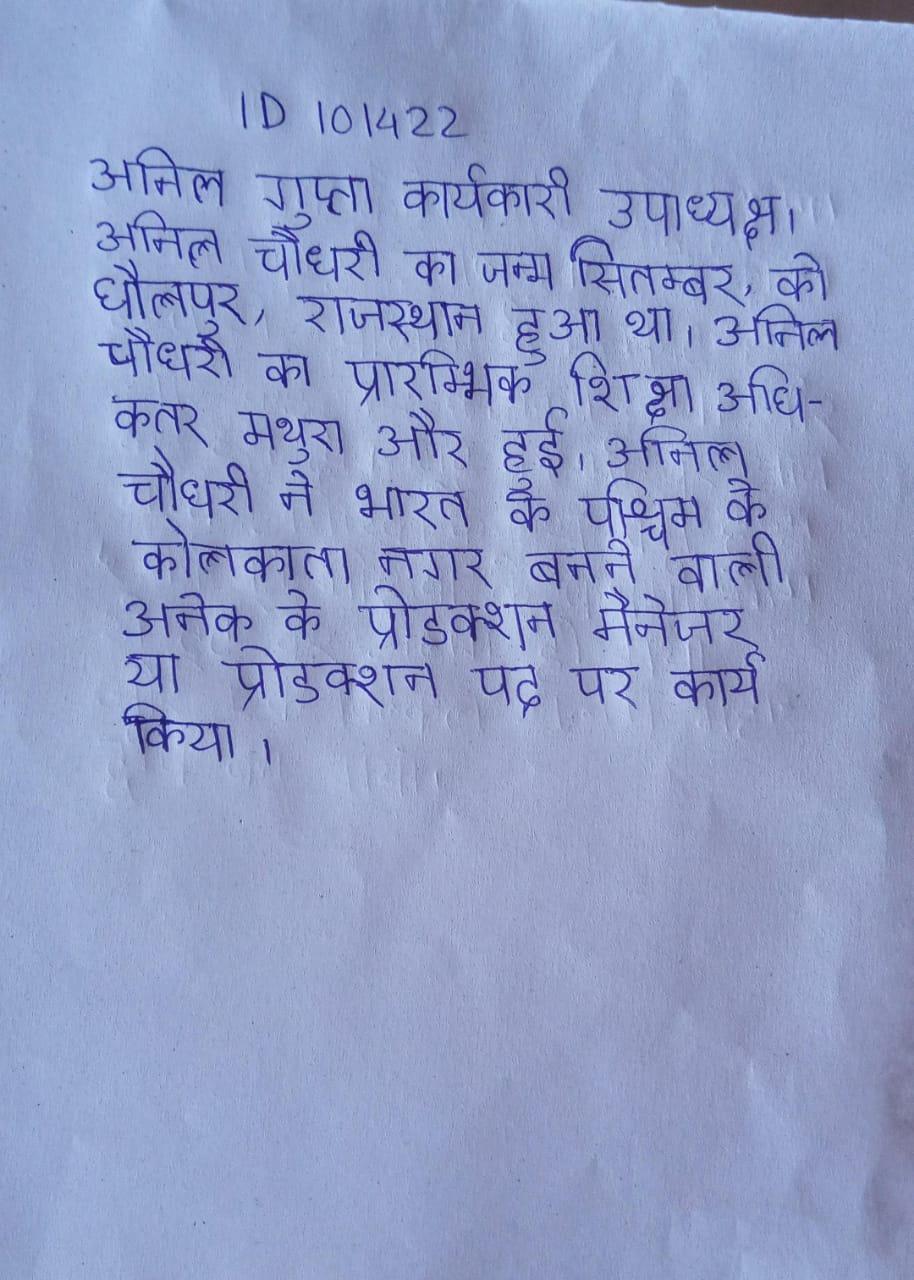
अनिल गुप्ता कार्यकारी उपाध्यक्ष । अनिल चौधरी का जन्म सितम्बर, को धौलपुर, राजस्थान हुआ था । अनिल चौधरी की प्रारम्भिक शिक्षा अधिकतर मथुरा और हुई । अनिल चौधरी ने भारत के पश्चिम के कोलकाता नगर बनने वाली अनेक के प्रोडक्शन मैनेजर या प्रोडक्शन पद पर कार्य किया ।